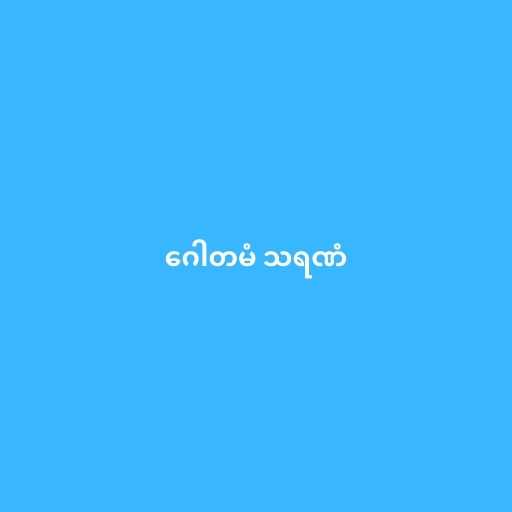
ဂေါတမံ သရဏံ